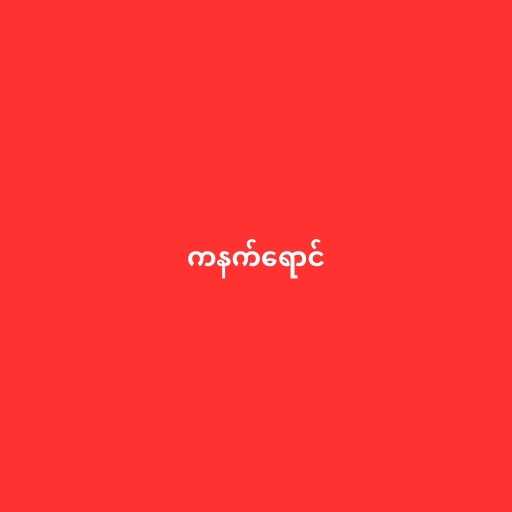
ကနက်ရောင်